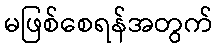
မဖြစ်စေရန်အတွက်